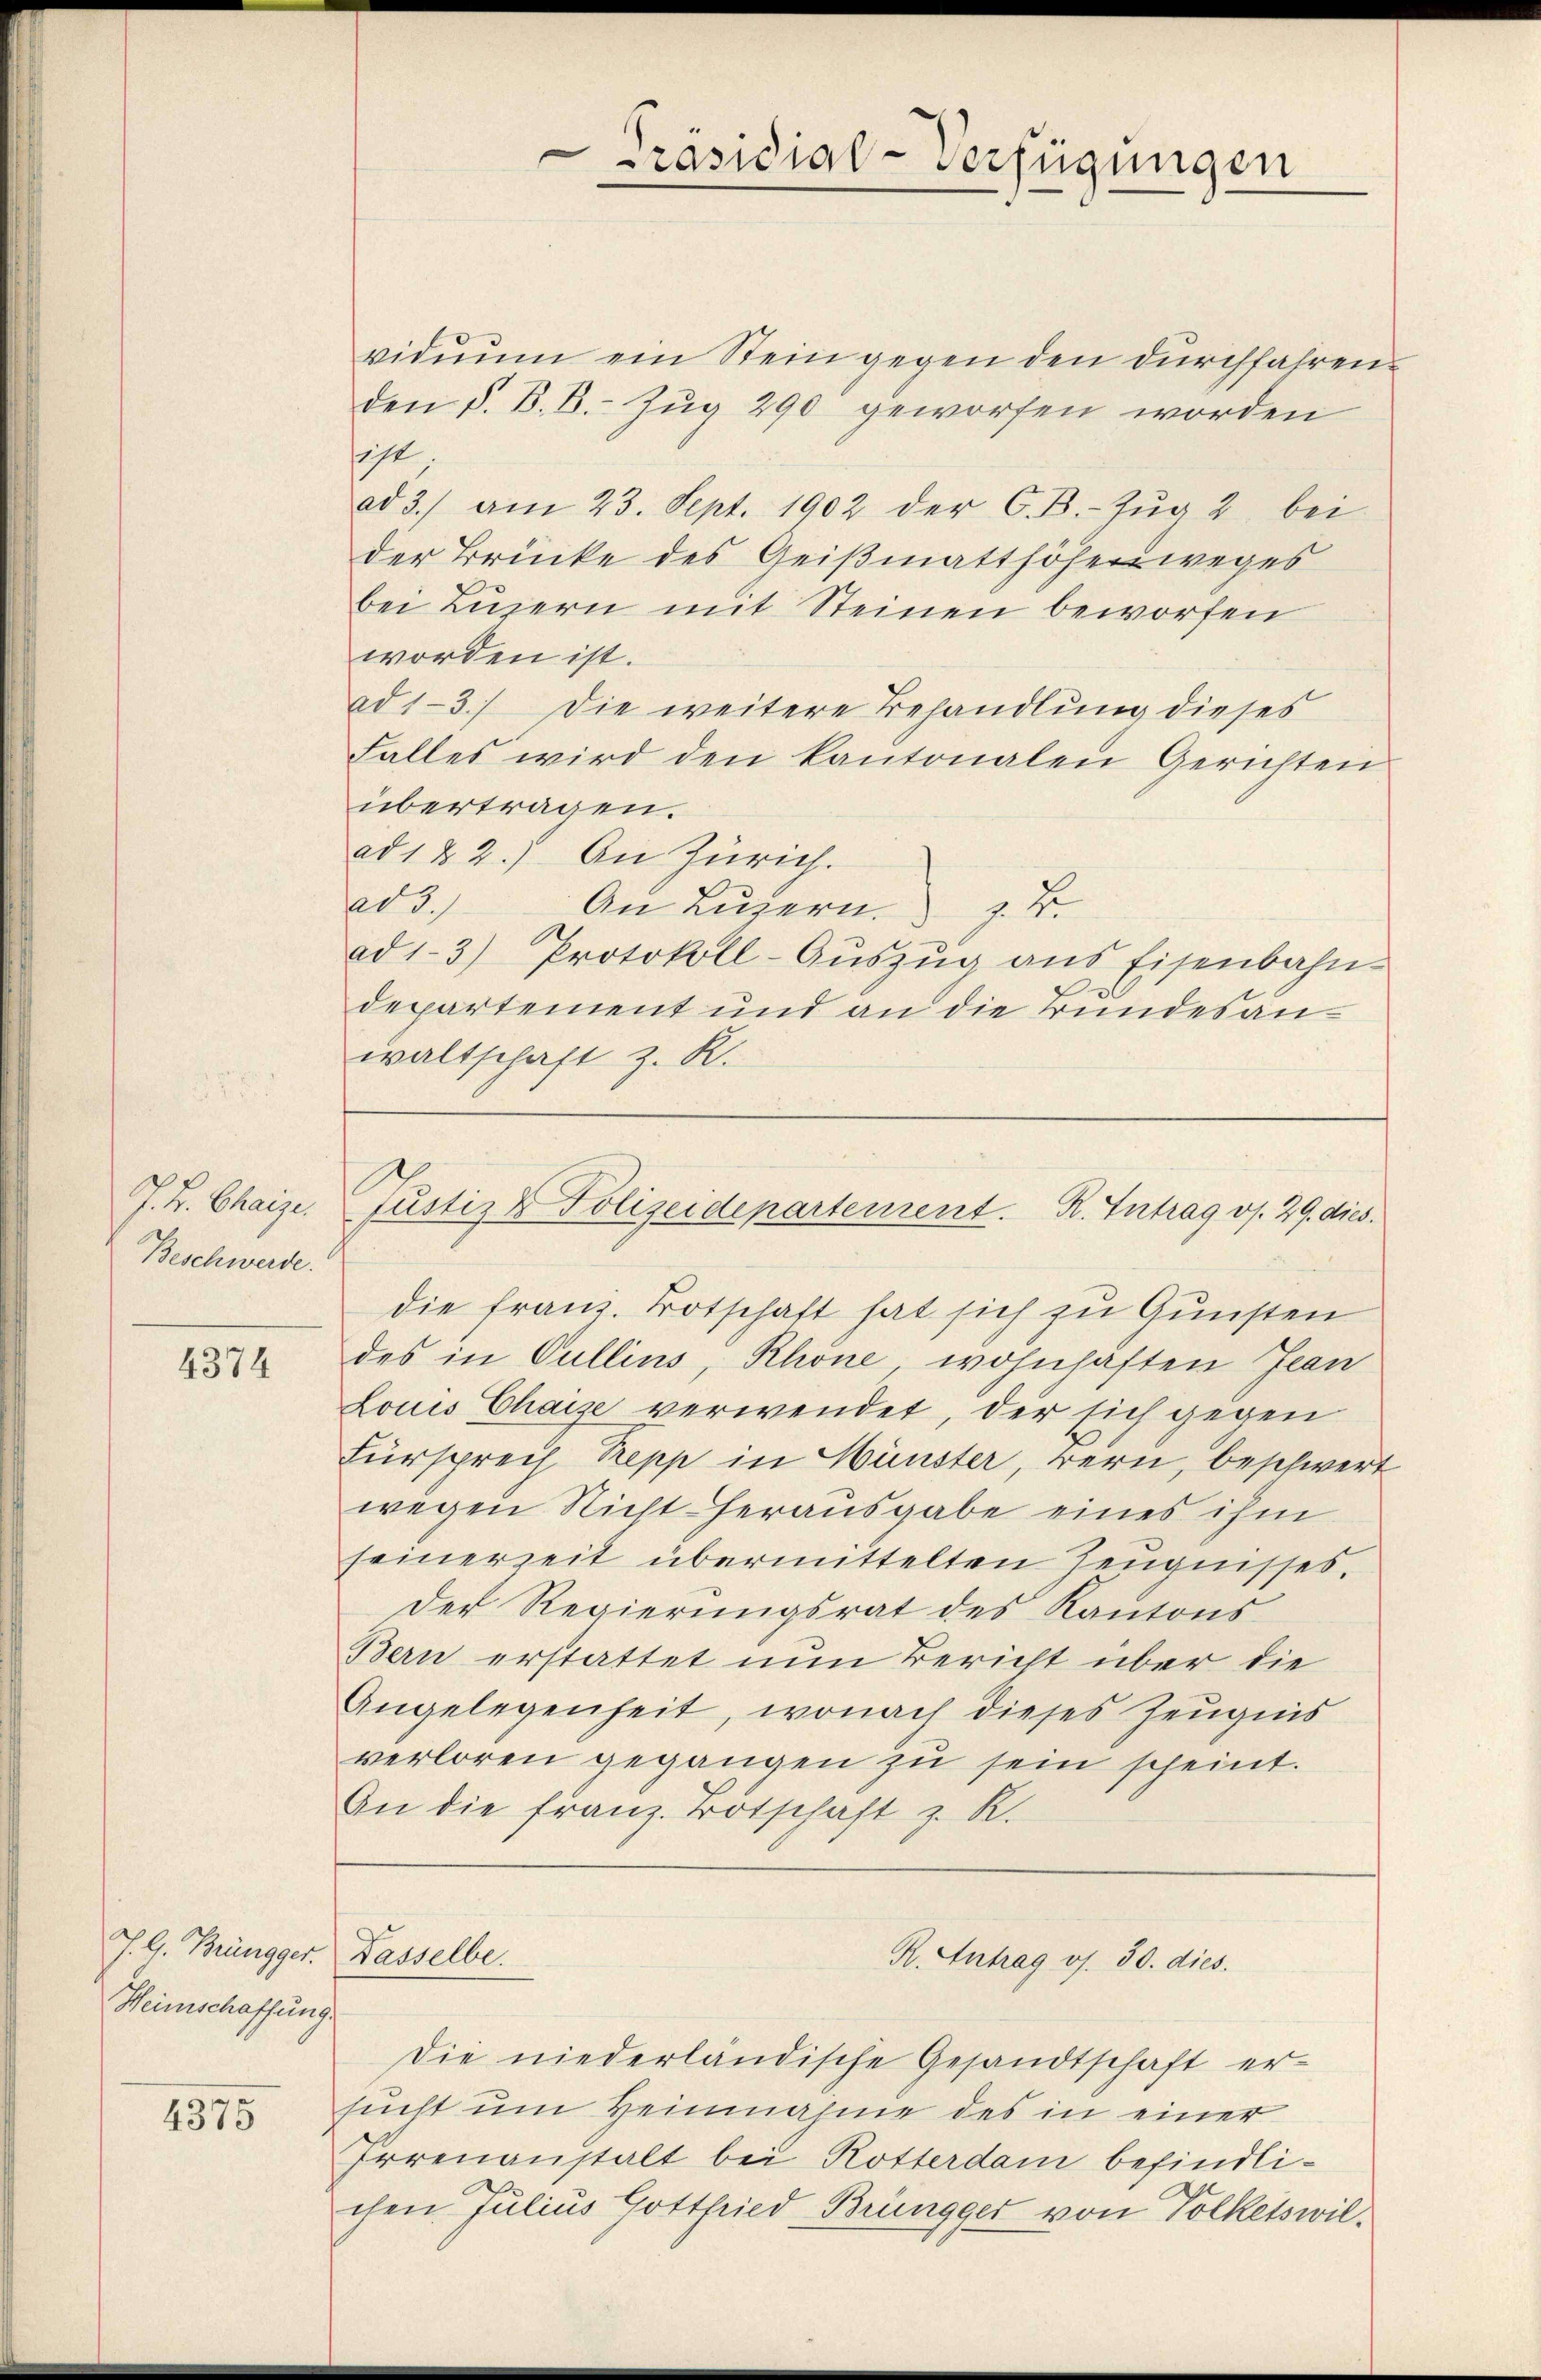
J. K. Chaizen
Beschwerde.

4374

J. G. Brüngger. Dasselbe.
Heimschaffung

4375

Präsidial-Verfügungen

vidŭŭm ein Stein gegen den durchfahren.
den d. B. B. Zug 290 geworfen worden
sicht.
ad 3.) am 23. Sept. 1902 der C. B. Zŭg 2 bei
der Brücke des Geißmatthöhenweges
bei Luzern mit Steinen beworfen
worden ist.
ad 1-3.) Die weitere Behandlung dieses
Falles wird den kantonalen Gerichten
übertragen.
ad 1 & 2.) An Zürich.
ad 3.) An Luzern z. B.
ad 1-3) Protokoll-Aŭszŭg ans Eisenbahn-
departement und an die Bundesanwaltschaft z. R.

Justiz & Polizeidepartement. R. Intrag v. 29. dies.

die franz. Botschaft hat sich zu Gunsten
des in Cullius Rhone wohnhaften Jean
Louis Chaise verwendet, der sich gegen
Fürsprech Trepp in Münster, Bern, beschwert
wegen Nicht herausgabe eines ihm
seinerzeit übermittelten Zeugnisses.
Der Regierungsrat des Kantons
Bern erstattet nun Bericht über die
Angelegenheit, wonach dieses Zeugnis
verloren gegangen zu sein scheint.
An die franz Botschaft z. R.

R. Antrag os. 30. dies

Die niederländische Gesandtschaft er-
sucht um Heinnahme des in einer
Irrenanstalt bei Rotterdam befindlichen Julius Gottfried Brüngger von Volketswil¬